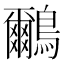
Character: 鸍